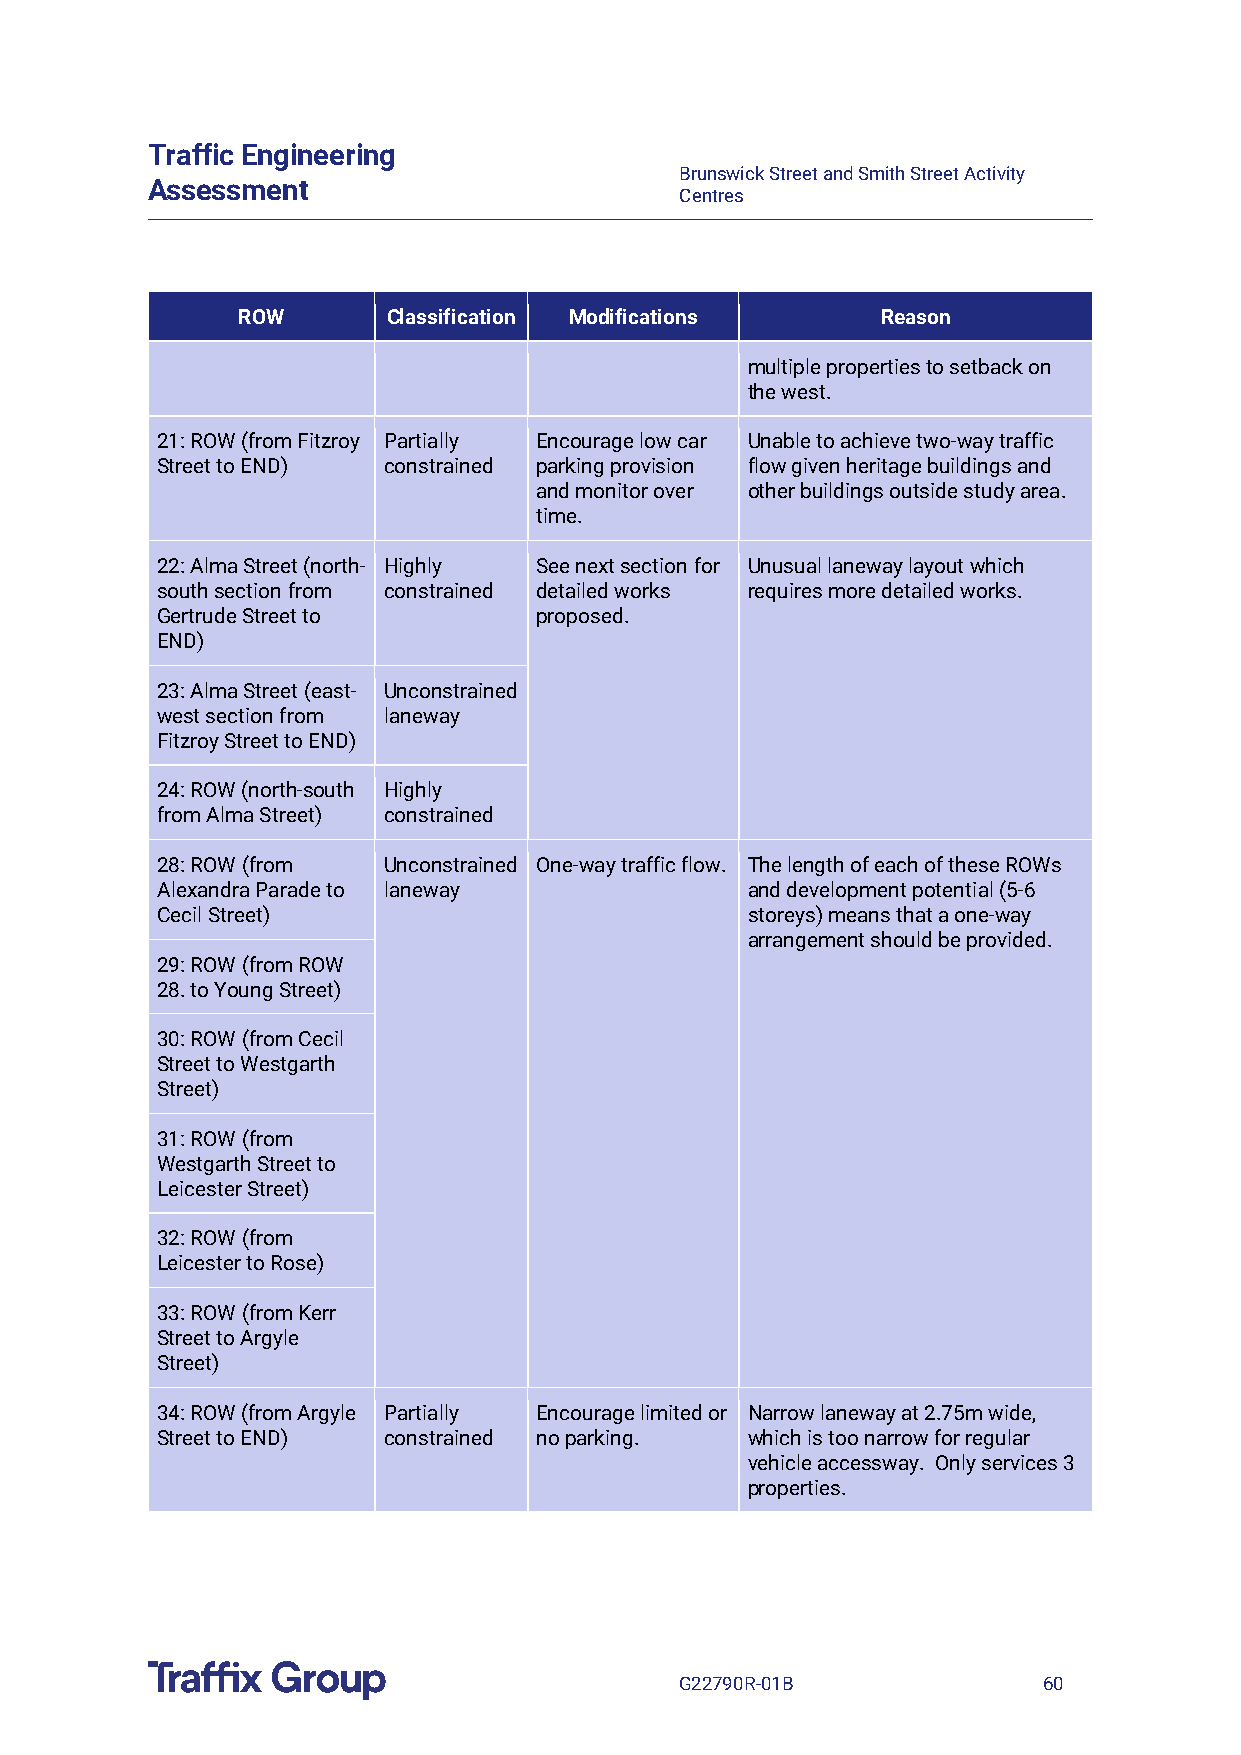
Traffic Engineering
 Brunswick Street and Smith Street Activity
 Assessment
 Centres
 ROW       Classification Modifications    Reason
 multiple properties to setback on
 the west.
 21: ROW (from Fitzroy Partially Encourage low car Unable to achieve two-way traffic
 Street to END) constrained parking provision flow given heritage buildings and
 and monitor over other buildings outside study area.
 time.
 22: Alma Street (north- Highly See next section for Unusual laneway layout which
 south section from constrained detailed works requires more detailed works.
 Gertrude Street to       proposed.
 END)
 23: Alma Street (east- Unconstrained
 west section from laneway
 Fitzroy Street to END)
 24: ROW (north-south Highly
 from Alma Street) constrained
 28: ROW (from  Unconstrained One-way traffic flow. The length of each of these ROWs
 Alexandra Parade to laneway            and development potential (5-6
 Cecil Street)                          storeys) means that a one-way
 arrangement should be provided.
 29: ROW (from ROW
 28. to Young Street)
 30: ROW (from Cecil
 Street to Westgarth
 Street)
 31: ROW (from
 Westgarth Street to
 Leicester Street)
 32: ROW (from
 Leicester to Rose)
 33: ROW (from Kerr
 Street to Argyle
 Street)
 34: ROW (from Argyle Partially Encourage limited or Narrow laneway at 2.75m wide,
 Street to END) constrained no parking. which is too narrow for regular
 vehicle accessway. Only services 3
 properties.
 G22790R-01B             60